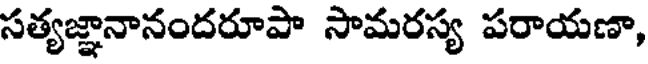
సత్యజ్ఞానానందరూపా సామరస్య పరాయణా,